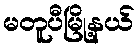
မတူပီမြို့နယ်